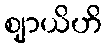
ဈာယိဟိ